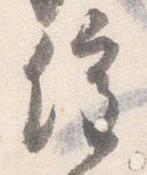
催